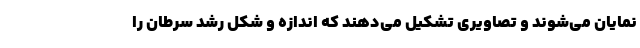
نمایان می‌شوند و تصاویری تشکیل می‌دهند که اندازه و شکل رشد سرطان را